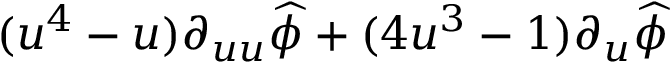
( u ^ { 4 } - u ) \partial _ { u u } \widehat { \phi } + ( 4 u ^ { 3 } - 1 ) \partial _ { u } \widehat { \phi }